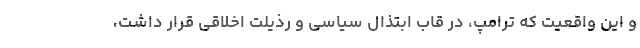
و این واقعیت که ترامپ، در قاب ابتذال سیاسی و رذیلت اخلاقی قرار داشت،